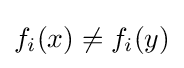
f_{i}(x)\neq f_{i}(y)